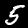
Digit: 5